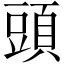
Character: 頭